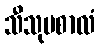
သီသုပစာလံ